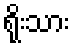
ရိုးသား